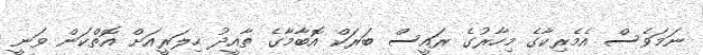
ނަމަވެސް އެމެރިކާގެ މިހާރުގެ ރައީސް ބަރަކް އޮބާމާގެ ތާއީދު ހިލަރީއަށް އޮތްކަން ވަނީ